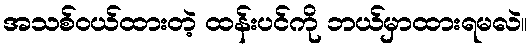
အသစ်ဝယ်ထားတဲ့ ထန်းပင်ကို ဘယ်မှာထားရမလဲ။